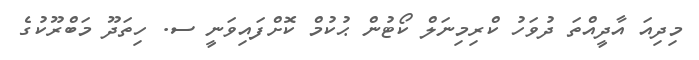
މިދިއަ އާދީއްތަ ދުވަހު ކްރިމިނަލް ކޯޓުން ޙުކުމް ކޮށްފައިވަނީ ސ. ހިތަދޫ މަބްރޫކުގެ